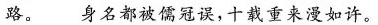
路。身名都被儒冠误，十载重来漫如许。